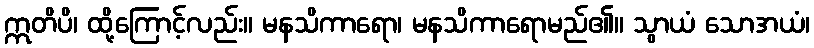
ဣတိပိ၊ ထို့ကြောင့်လည်း။ မနသိကာရော၊ မနသိကာရောမည်၏။ သွာယံ သောအယံ၊